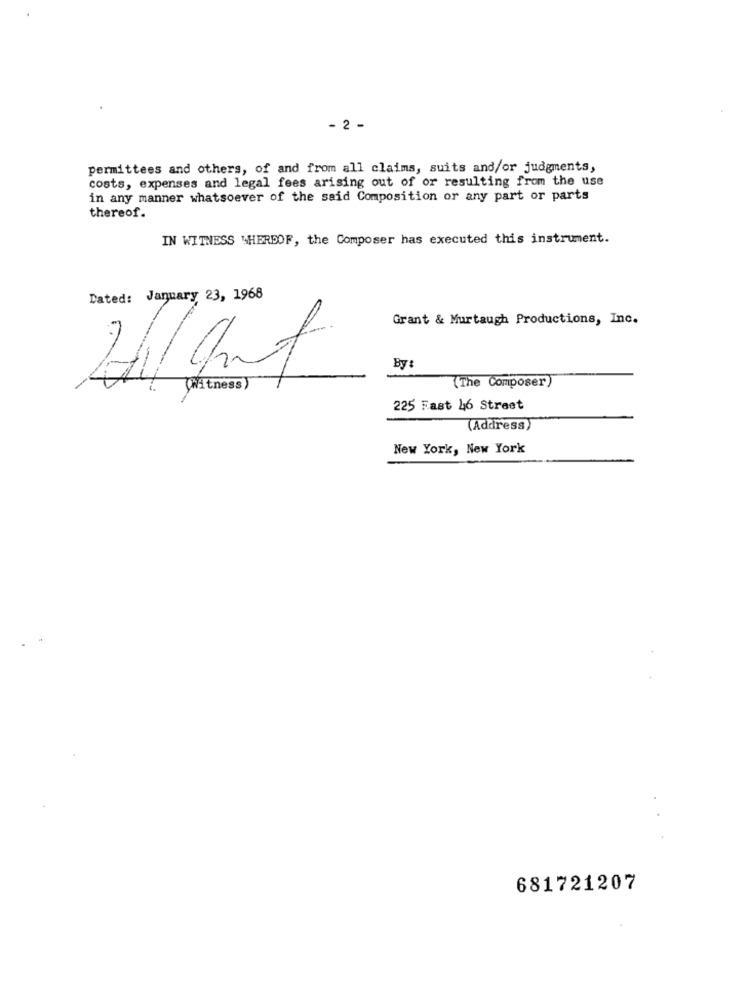
- 2 -
permittees and others, of and from all claims, suits and/or judgments,
costs, expenses and legal fees arising out of or resulting from the use
in any manner whatsoever of the said Composition or any part or parts
thereof.
IN WITNESS WHEREOF, the Composer has executed this instrument.
Dated: January 23, 1968
Grant & Murtaugh Productions, Inc.
By :
(Witness)
(The Composer)
225 Fast 46 Street
(Address)
New York, New York
681721207